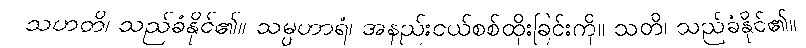
သဟတိ၊ သည်ခံနိုင်၏။ သမ္ပဟာရံ၊ အနည်းငယ်စစ်ထိုးခြင်းကို။ သတိ၊ သည်ခံနိုင်၏။